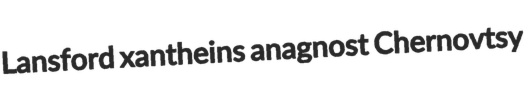
Lansford xantheins anagnost Chernovtsy